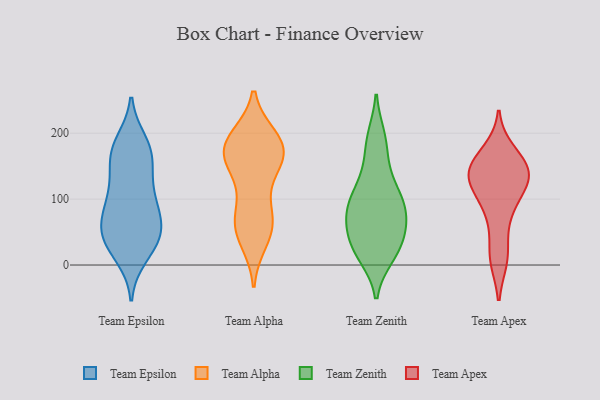
{"axis": {"x": "Page Views", "y": "Value"}, "legend": ["Team Alpha", "Team Apex", "Team Epsilon", "Team Zenith"], "data": [{"x": "", "y": 77, "type": "Team Epsilon"}, {"x": "", "y": 23, "type": "Team Epsilon"}, {"x": "", "y": 178, "type": "Team Epsilon"}, {"x": "", "y": 100, "type": "Team Epsilon"}, {"x": "", "y": 171, "type": "Team Epsilon"}, {"x": "", "y": 36, "type": "Team Epsilon"}, {"x": "", "y": 67, "type": "Team Epsilon"}, {"x": "", "y": 109, "type": "Team Epsilon"}, {"x": "", "y": 150, "type": "Team Epsilon"}, {"x": "", "y": 40, "type": "Team Epsilon"}, {"x": "", "y": 47, "type": "Team Epsilon"}, {"x": "", "y": 114, "type": "Team Epsilon"}, {"x": "", "y": 152, "type": "Team Epsilon"}, {"x": "", "y": 51, "type": "Team Epsilon"}, {"x": "", "y": 53, "type": "Team Epsilon"}, {"x": "", "y": 85, "type": "Team Epsilon"}, {"x": "", "y": 186, "type": "Team Epsilon"}, {"x": "", "y": 175, "type": "Team Epsilon"}, {"x": "", "y": 14, "type": "Team Epsilon"}, {"x": "", "y": 45, "type": "Team Alpha"}, {"x": "", "y": 37, "type": "Team Alpha"}, {"x": "", "y": 181, "type": "Team Alpha"}, {"x": "", "y": 65, "type": "Team Alpha"}, {"x": "", "y": 135, "type": "Team Alpha"}, {"x": "", "y": 70, "type": "Team Alpha"}, {"x": "", "y": 64, "type": "Team Alpha"}, {"x": "", "y": 193, "type": "Team Alpha"}, {"x": "", "y": 193, "type": "Team Alpha"}, {"x": "", "y": 162, "type": "Team Alpha"}, {"x": "", "y": 86, "type": "Team Alpha"}, {"x": "", "y": 160, "type": "Team Alpha"}, {"x": "", "y": 150, "type": "Team Alpha"}, {"x": "", "y": 173, "type": "Team Alpha"}, {"x": "", "y": 180, "type": "Team Alpha"}, {"x": "", "y": 181, "type": "Team Alpha"}, {"x": "", "y": 46, "type": "Team Zenith"}, {"x": "", "y": 164, "type": "Team Zenith"}, {"x": "", "y": 100, "type": "Team Zenith"}, {"x": "", "y": 192, "type": "Team Zenith"}, {"x": "", "y": 93, "type": "Team Zenith"}, {"x": "", "y": 121, "type": "Team Zenith"}, {"x": "", "y": 13, "type": "Team Zenith"}, {"x": "", "y": 62, "type": "Team Zenith"}, {"x": "", "y": 195, "type": "Team Zenith"}, {"x": "", "y": 42, "type": "Team Zenith"}, {"x": "", "y": 136, "type": "Team Zenith"}, {"x": "", "y": 28, "type": "Team Zenith"}, {"x": "", "y": 56, "type": "Team Zenith"}, {"x": "", "y": 16, "type": "Team Zenith"}, {"x": "", "y": 100, "type": "Team Zenith"}, {"x": "", "y": 73, "type": "Team Zenith"}, {"x": "", "y": 89, "type": "Team Zenith"}, {"x": "", "y": 81, "type": "Team Zenith"}, {"x": "", "y": 16, "type": "Team Zenith"}, {"x": "", "y": 89, "type": "Team Apex"}, {"x": "", "y": 139, "type": "Team Apex"}, {"x": "", "y": 148, "type": "Team Apex"}, {"x": "", "y": 171, "type": "Team Apex"}, {"x": "", "y": 14, "type": "Team Apex"}, {"x": "", "y": 10, "type": "Team Apex"}, {"x": "", "y": 155, "type": "Team Apex"}, {"x": "", "y": 122, "type": "Team Apex"}, {"x": "", "y": 72, "type": "Team Apex"}, {"x": "", "y": 145, "type": "Team Apex"}, {"x": "", "y": 125, "type": "Team Apex"}, {"x": "", "y": 126, "type": "Team Apex"}]}